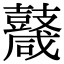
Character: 𪔩